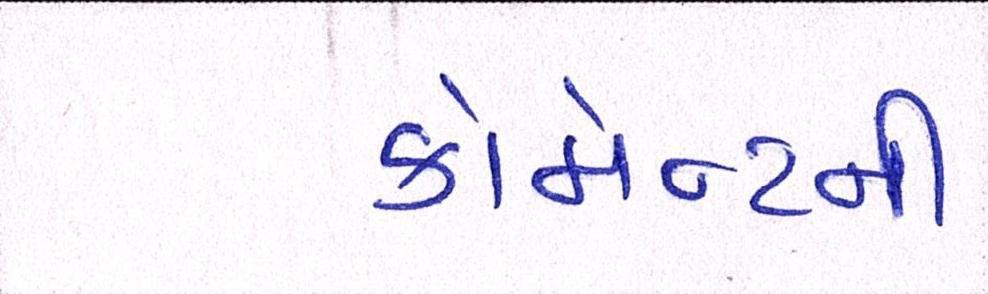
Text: કોમેન્ટની